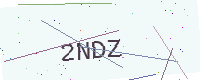
Text: 2NDZ